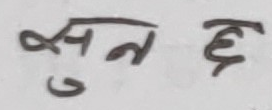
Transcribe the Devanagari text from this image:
सुन छ